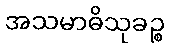
အသမာဓိသုခဉ္စ